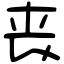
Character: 丧